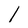
Character: l